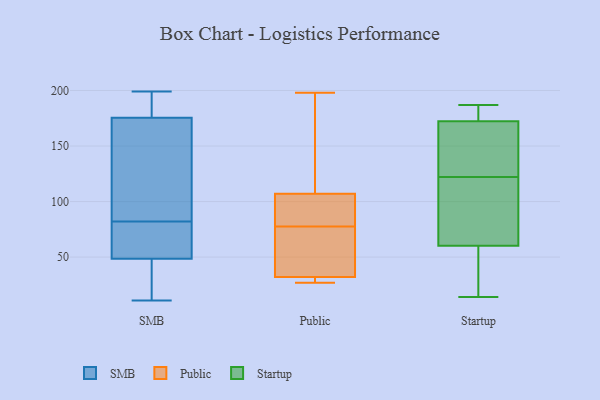
{"axis": {"x": "Operating Costs (USD K)", "y": "Value"}, "legend": ["Public", "SMB", "Startup"], "data": [{"x": "", "y": 173, "type": "SMB"}, {"x": "", "y": 25, "type": "SMB"}, {"x": "", "y": 194, "type": "SMB"}, {"x": "", "y": 143, "type": "SMB"}, {"x": "", "y": 54, "type": "SMB"}, {"x": "", "y": 11, "type": "SMB"}, {"x": "", "y": 178, "type": "SMB"}, {"x": "", "y": 199, "type": "SMB"}, {"x": "", "y": 190, "type": "SMB"}, {"x": "", "y": 102, "type": "SMB"}, {"x": "", "y": 62, "type": "SMB"}, {"x": "", "y": 109, "type": "SMB"}, {"x": "", "y": 50, "type": "SMB"}, {"x": "", "y": 14, "type": "SMB"}, {"x": "", "y": 47, "type": "SMB"}, {"x": "", "y": 53, "type": "SMB"}, {"x": "", "y": 93, "type": "Public"}, {"x": "", "y": 107, "type": "Public"}, {"x": "", "y": 80, "type": "Public"}, {"x": "", "y": 75, "type": "Public"}, {"x": "", "y": 198, "type": "Public"}, {"x": "", "y": 107, "type": "Public"}, {"x": "", "y": 32, "type": "Public"}, {"x": "", "y": 116, "type": "Public"}, {"x": "", "y": 27, "type": "Public"}, {"x": "", "y": 27, "type": "Public"}, {"x": "", "y": 81, "type": "Public"}, {"x": "", "y": 63, "type": "Public"}, {"x": "", "y": 35, "type": "Public"}, {"x": "", "y": 27, "type": "Public"}, {"x": "", "y": 159, "type": "Startup"}, {"x": "", "y": 187, "type": "Startup"}, {"x": "", "y": 141, "type": "Startup"}, {"x": "", "y": 173, "type": "Startup"}, {"x": "", "y": 156, "type": "Startup"}, {"x": "", "y": 181, "type": "Startup"}, {"x": "", "y": 65, "type": "Startup"}, {"x": "", "y": 46, "type": "Startup"}, {"x": "", "y": 122, "type": "Startup"}, {"x": "", "y": 29, "type": "Startup"}, {"x": "", "y": 187, "type": "Startup"}, {"x": "", "y": 14, "type": "Startup"}, {"x": "", "y": 112, "type": "Startup"}, {"x": "", "y": 103, "type": "Startup"}, {"x": "", "y": 172, "type": "Startup"}, {"x": "", "y": 118, "type": "Startup"}, {"x": "", "y": 23, "type": "Startup"}]}